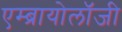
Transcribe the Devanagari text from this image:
एम्ब्रायोलॉजी